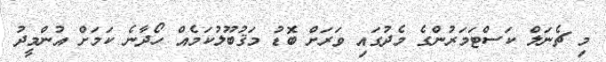
މި ޗެނަލް ކަސްޓަމަރުންގެ މެދުގައި ވަރަށް ބޮޑު މަޤުބޫލުކަމެއް ހޯދާނެ ކަމަށް އުންމީދު